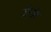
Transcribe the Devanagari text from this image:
जैन्थेट